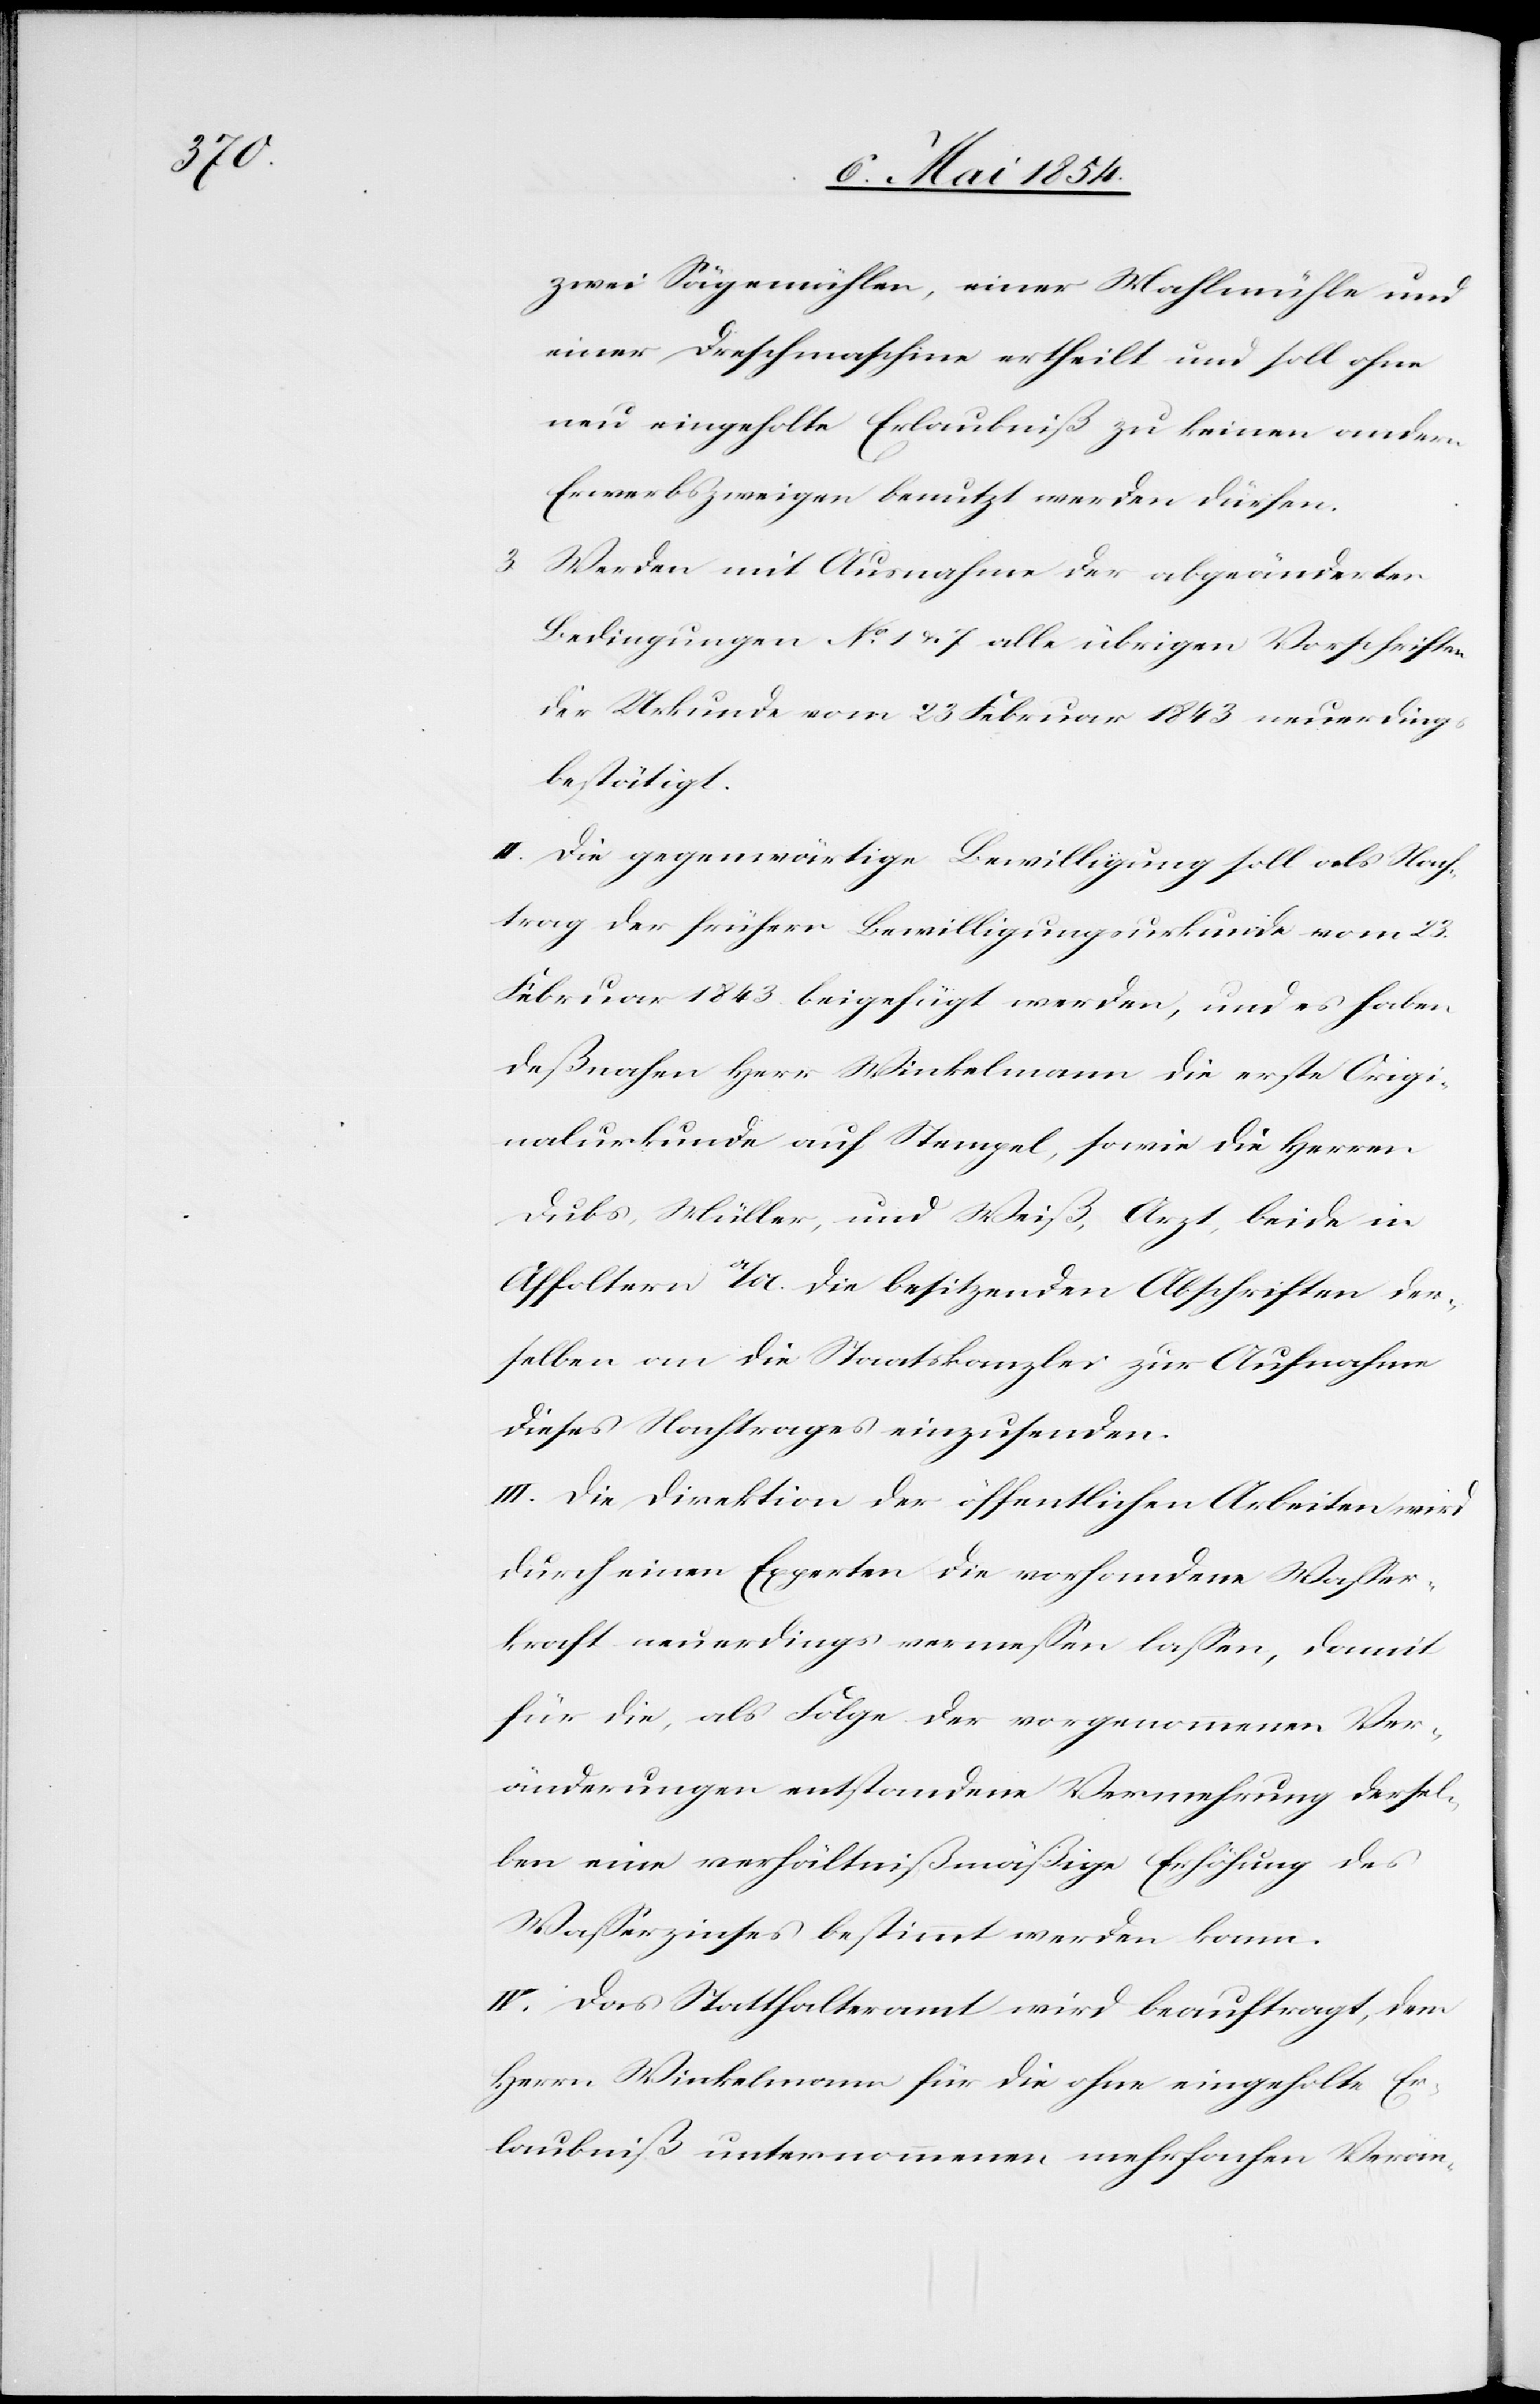
zwei Sägemühlen, einer Mahlmühle und
einer Dreschmaschine ertheilt und soll ohne
neu eingeholte Erlaubniß zu keinen andern
Erwerbszweigen benutzt werden dürfen.
Werden mit Ausnahme der abgeänderten
Bedingungen No 1 u. 7 alle übrigen Vorschriften
der Urkunde vom 23 Februar 1843 neuerdings
bestätigt.
II. Die gegenwärtige Bewilligung soll als Nach¬
trag der frühern Bewilligungsurkunde vom 23.
Februar 1843 beigefügt werden, und es haben
deßnahen Herr Winkelmann die erste Origi¬
nalurkunde auf Stempel, sowie die Herren
Dubs, Müller, und Weiß, Arzt, beide in
Affoltern a/A. die besitzenden Abschriften der¬
selben an die Staatskanzlei zur Aufnahme
dieses Nachtrages einzusenden.
III. Die Direktion der öffentlichen Arbeiten wird
durch einen Experten die vorhandene Waßer¬
kraft neuerdings vermeßen laßen, damit
für die, als Folge der vorgenommenen Ver¬
änderungen entstandene Vermehrung dersel¬
ben eine verhältnißmäßige Erhöhung des
Waßerzinses bestimmt werden kann.
IV. Das Statthalteramt wird beauftragt, dem
Herrn Winkelmann für die ohne eingeholte Er¬
laubniß unternommenen mehrfachen Verän-